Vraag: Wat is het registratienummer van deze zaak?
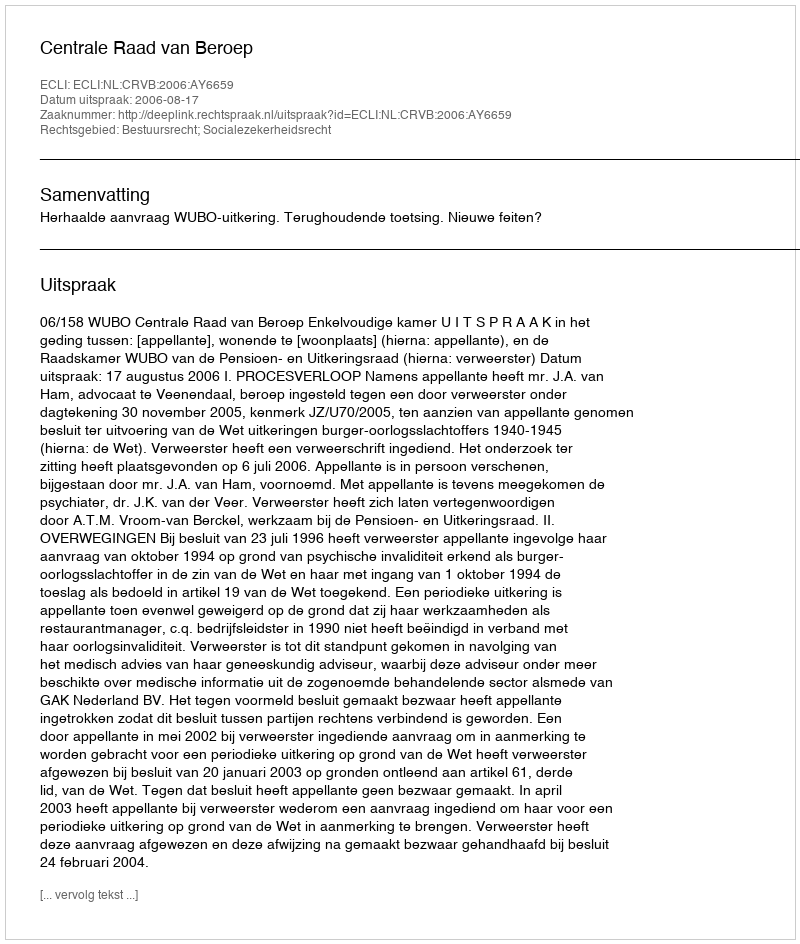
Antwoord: http://deeplink.rechtspraak.nl/uitspraak?id=ECLI:NL:CRVB:2006:AY6659